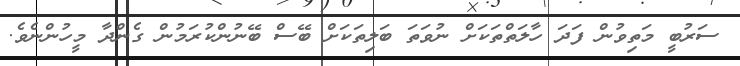
ސަރުބީ މަތިވުން ފަދަ ހާލަތްތަކަށް ނުވަތަ ބަލިތަކަށް ބޭސް ބޭނުންކުރަމުން ގެންދާ މީހުންނެވެ.